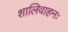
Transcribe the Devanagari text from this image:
शालिवाहनः